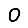
Digit: 0